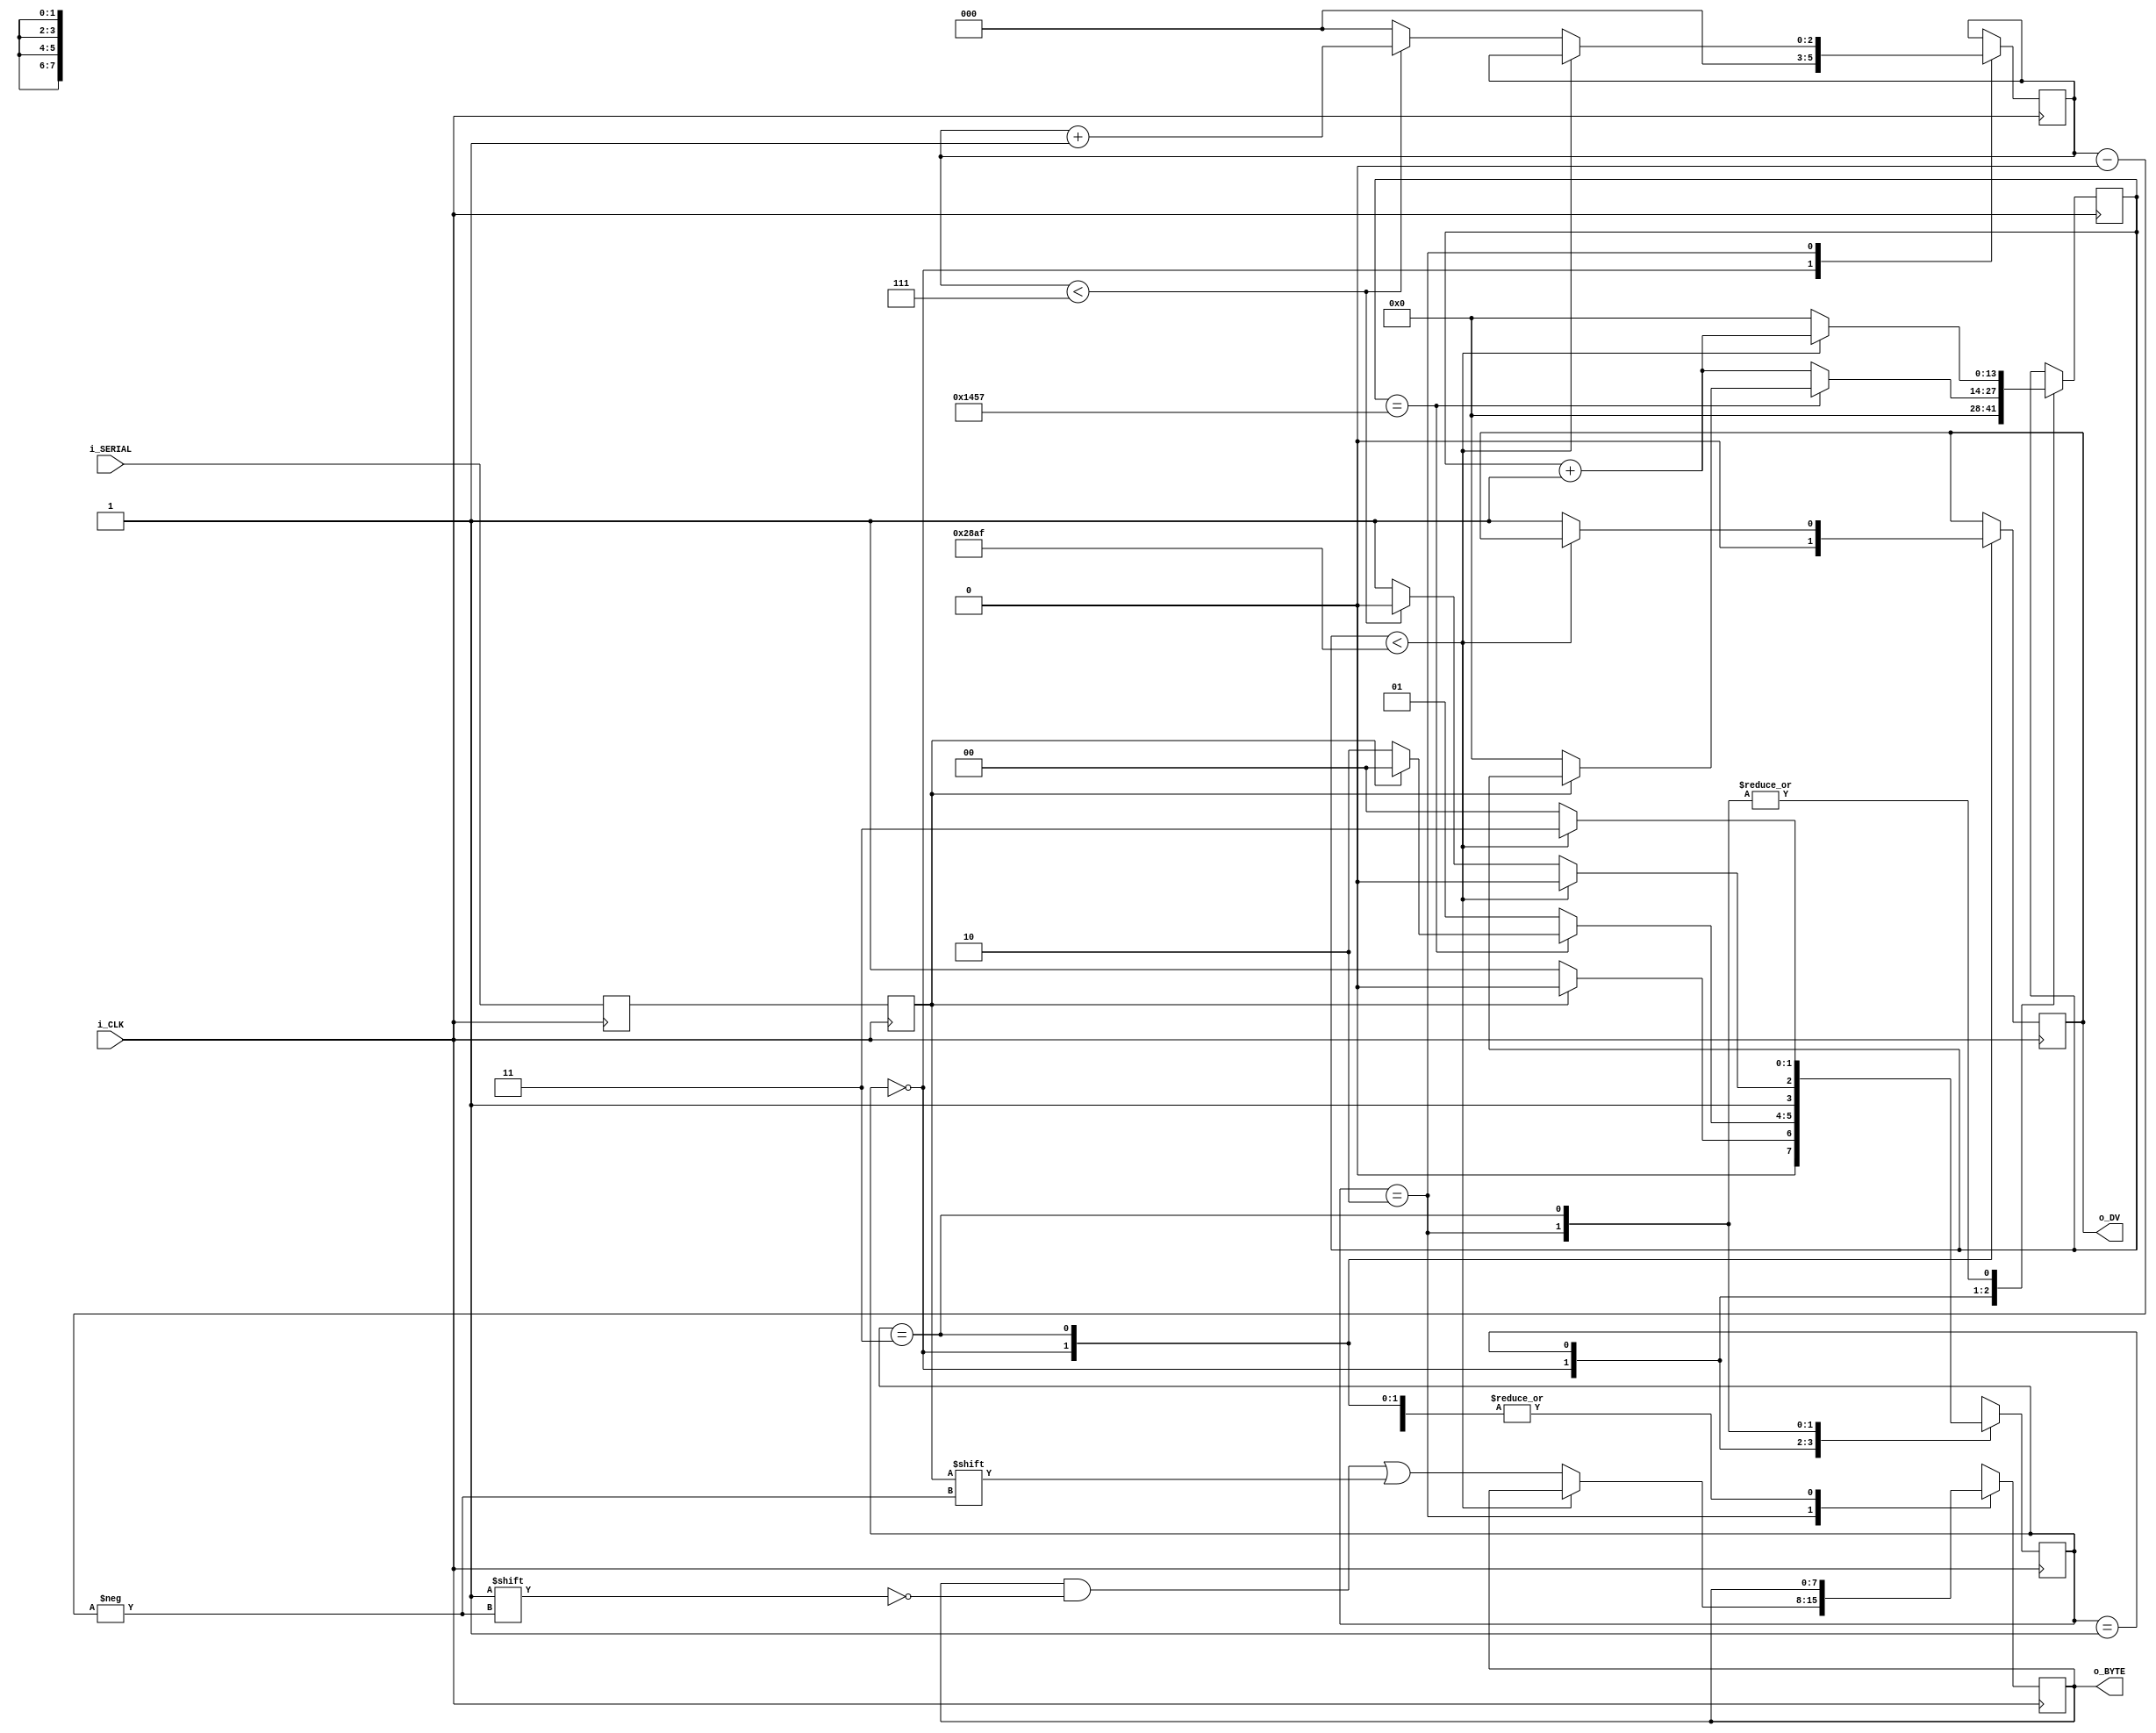
`timescale 1ns / 1ps
//CLKS_PER_BIT = Frequency of Clock/Frequency of UART 
//CBP => 100000000/9600 = 10416

module uart_RX #(parameter CLKS_PER_BIT = 10416)
               (
                input       i_CLK, i_SERIAL,
                output      o_DV,
                output[7:0] o_BYTE
               );

// States                
parameter s_IDLE    = 2'b00;
parameter s_START   = 2'b01;
parameter s_DATA    = 2'b10;
parameter s_END     = 2'b11;

// Intermediate Variables
reg r_DATA_R        = 1'b1;
reg r_DATA          = 1'b1;

reg [13:0]  r_CLK   = 0;
reg [2:0]   r_INDEX = 0;
reg [7:0]   r_BYTE  = 0;
reg         r_DV    = 0;
reg [1:0]   r_MAIN  = 0;

assign o_DV     = r_DV;
assign o_BYTE   = r_BYTE;

//Enter serial twice
always @ (posedge i_CLK) begin
    r_DATA_R <= i_SERIAL;
    r_DATA   <= r_DATA_R;     
end

// Rx FSM:
always @ (posedge i_CLK) begin

    case (r_MAIN)
        s_IDLE: begin 
            r_DV    <= 1'b0;
            r_CLK   <= 0;
            r_INDEX <= 0;
            
            if (r_DATA == 1'b0)
                r_MAIN <= s_START;
            else
                r_MAIN <= s_IDLE;
        end
        
        s_START: begin
            if (r_CLK == (CLKS_PER_BIT-1)/2)
            
                if (r_DATA == 1'b0) begin
                    r_CLK   <= 0;
                    r_MAIN  <= s_DATA;
                end
                else 
                    r_MAIN  <= s_IDLE;
                    
            else begin
                r_CLK   <= r_CLK + 1;
                r_MAIN  <= s_START;
            end
        end
        
        s_DATA: begin
            if (r_CLK < CLKS_PER_BIT -1) begin 
                r_CLK   <= r_CLK + 1;
                r_MAIN  <= s_DATA;
            end
            
            else begin
                r_CLK <= 0;
                r_BYTE[r_INDEX] <= r_DATA;
                
                if (r_INDEX < 7) begin
                    r_INDEX <= r_INDEX + 1;
                    r_MAIN <= s_DATA;
                end 
                else begin 
                    r_INDEX <= 0;
                    r_MAIN  <= s_END;
                end
            end
        end
          
        s_END: begin
            if (r_CLK < CLKS_PER_BIT - 1) begin
                r_CLK   <= r_CLK + 1;
                r_MAIN  <= s_END;
            end
            
            else begin
                r_DV    <= 1'b1;
                r_CLK   <= 0;
                r_MAIN  <= s_IDLE;
            end       
        end
        default:
            r_MAIN <= s_IDLE;
    endcase   
end
endmodule